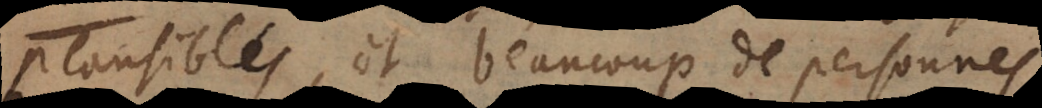
plausibles, et beaucoup de personnes